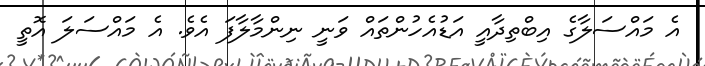
އެ މައްސަލާގެ އިބްތިދާއީ އަޑުއެހުންތައް ވަނީ ނިންމާލާފަ އެވެ. އެ މައްސަލަ އޮތީ